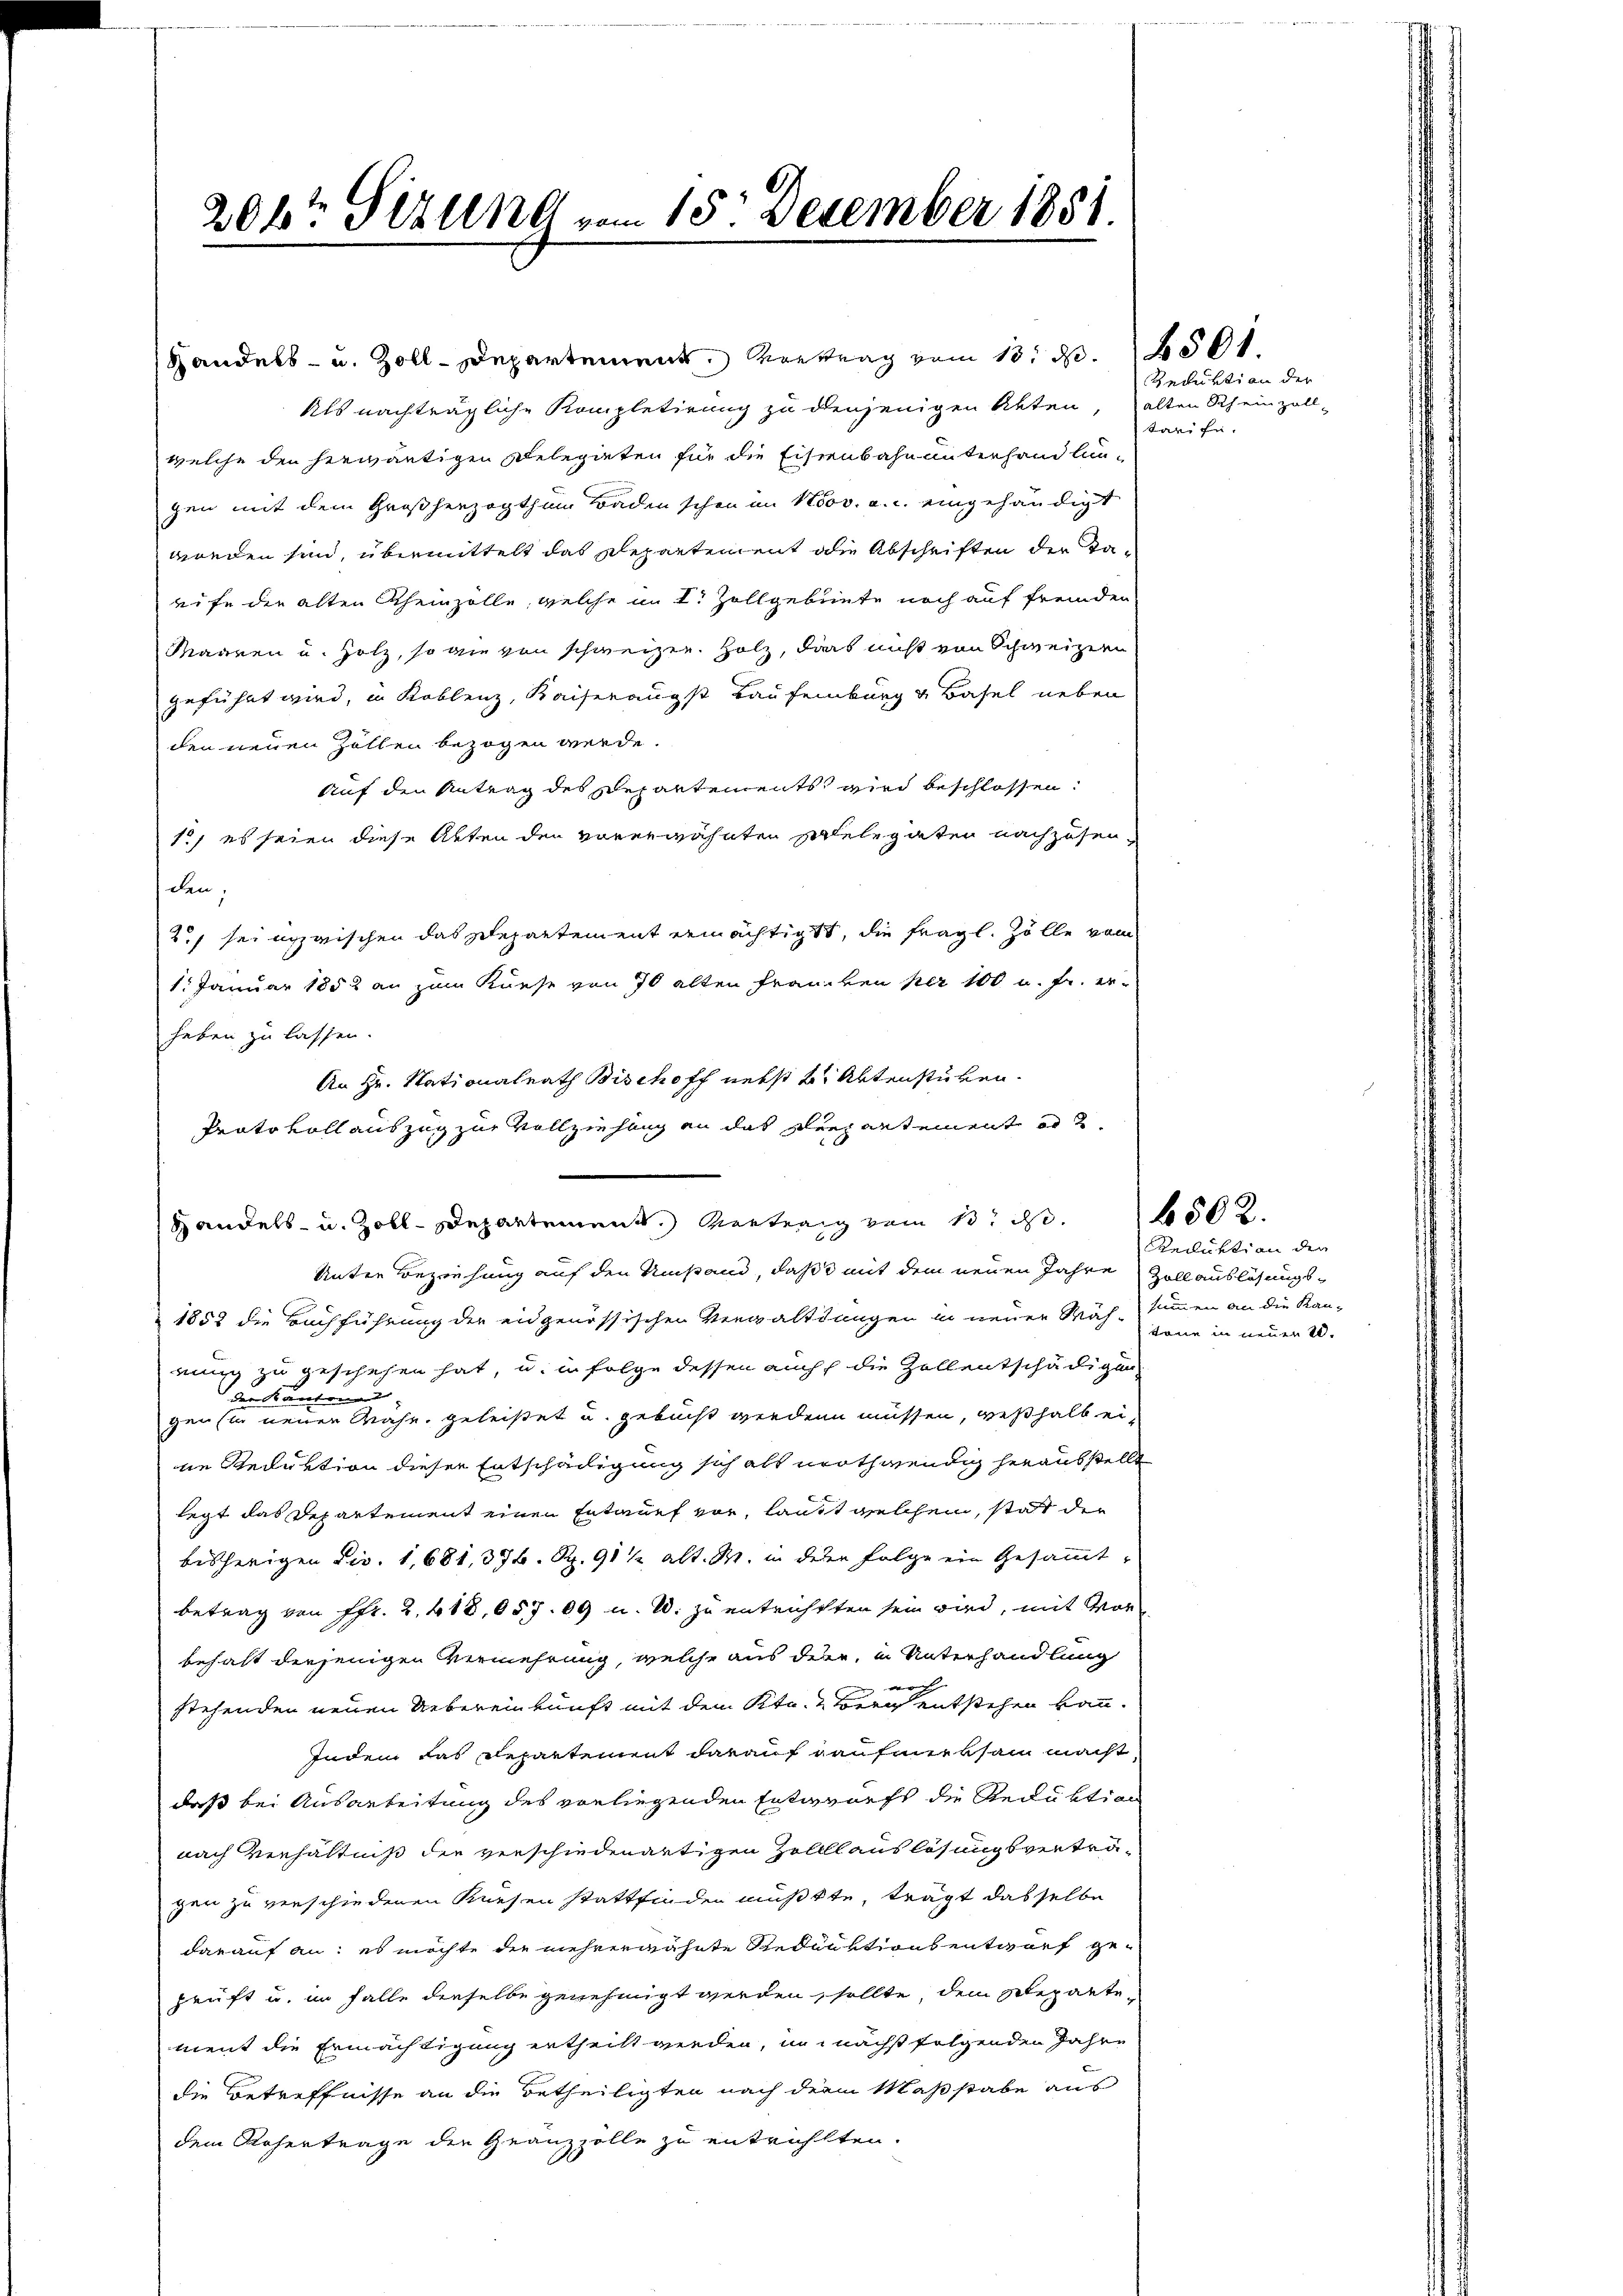
gen mit dem Großherzogthum Baden schon im Nov. a. c. eingehändigt
worden sind, übermittelt das Departement die Abschriften der Taeife der alten Rheinzölle, welche im I. Zollgebünte noch auf fremden
Maaren u. Holz, so wie von schweizer. Holz, dies nicht von Schweizern
geführt wird, in Koblenz, Kaiseraugst Laufenburg u Basel neben
den neuen Zöllen bezogen werde.
Auf den Antrag des Departements wird beschlossen:
12, es seien diese Akten den vorerwähnten Spiele paten nachzusenden,
2 sei inzwischen das Departement ermächtigt, die fragl. Zolle vom
1. Januar 1852 an zum Kurse von 70 alten Franken per 100 u. fr. erhaben zu lassen.
An Hr. Stationalrath Bischoff nebst 2 Aktenstücken.
Prato voll auszug zur Vollziehung an das Drepartement ad 2.
Handels- u. Zoll-Departement. Vertrag vom 13. d.
Unter Beziehung auf den Umstand, daß mit dem neuen Jahre Zollauslösungs-
1853 die Buchführung der eidgenössischen Verwaltungen in neuer Mähsummen an die Kan-
rung zu geschehen hat, u. in Folge dessen auch die Zollentschädigung
der Kantonen
gen sie neuen Währ. geleistet u. gebucht werden müssen, weßhalb eine Reduktion dieser Entscheiligung sich als nothwendig herausstellt
legt das Departement einen Entwurf vor, laut welchem, stat der
bisherigen Dec. 1,681, 376. Rp. 911 alt. M. in der Folge ein Gesammtbetrag von Fr. 2. 418, 657. 09 u. 2. zu entrichtten sein wird, mit Vor
behalt derjenigen Vermehrung, welche aus den, in Unterhandlung
noch
stehenden neuen Uebereinkunft mit dem Ktn. & Zürich entstehen kann.
Indem das Repartement darauf Kaufmerksam macht,
daß bei Ausarbeitung des vorliegenden Entwurfs die Reduktion
nach Verhältniß der verschiedenartigen Zollhauslösungsverträgen zu verschiedenen Kriesen stattfinden müßte, trägt dasselbe
darauf an: es möchte die mehrerwähnte Reduktionsentwurf geprüft u. im Falle dieselbe genehmigt werden, sollte, dem Reparte
ment die Ermächtigung ertheilt werden, in nächst folgenden Jahre
die Betreffnisse an die Betheiligten nach dem Maßstabe aus
dem Rohertrage die Gränzzolle zu entrichtten.

206 Sizung vom 15. Dezember 1851.

Handels- u. Zoll-Departement. Vortrag vom 13. d. 250
Als nachträgliche Kompletirung zu denjenigen Akten,
welche den herwärtigen Delegieten für die Eisenbahn unterhandlun-

Reduktion der
alten Rheinzell
tarife.

6502.

Reduktion der
tane in neuen i